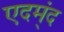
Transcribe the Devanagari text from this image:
एदम्ंद